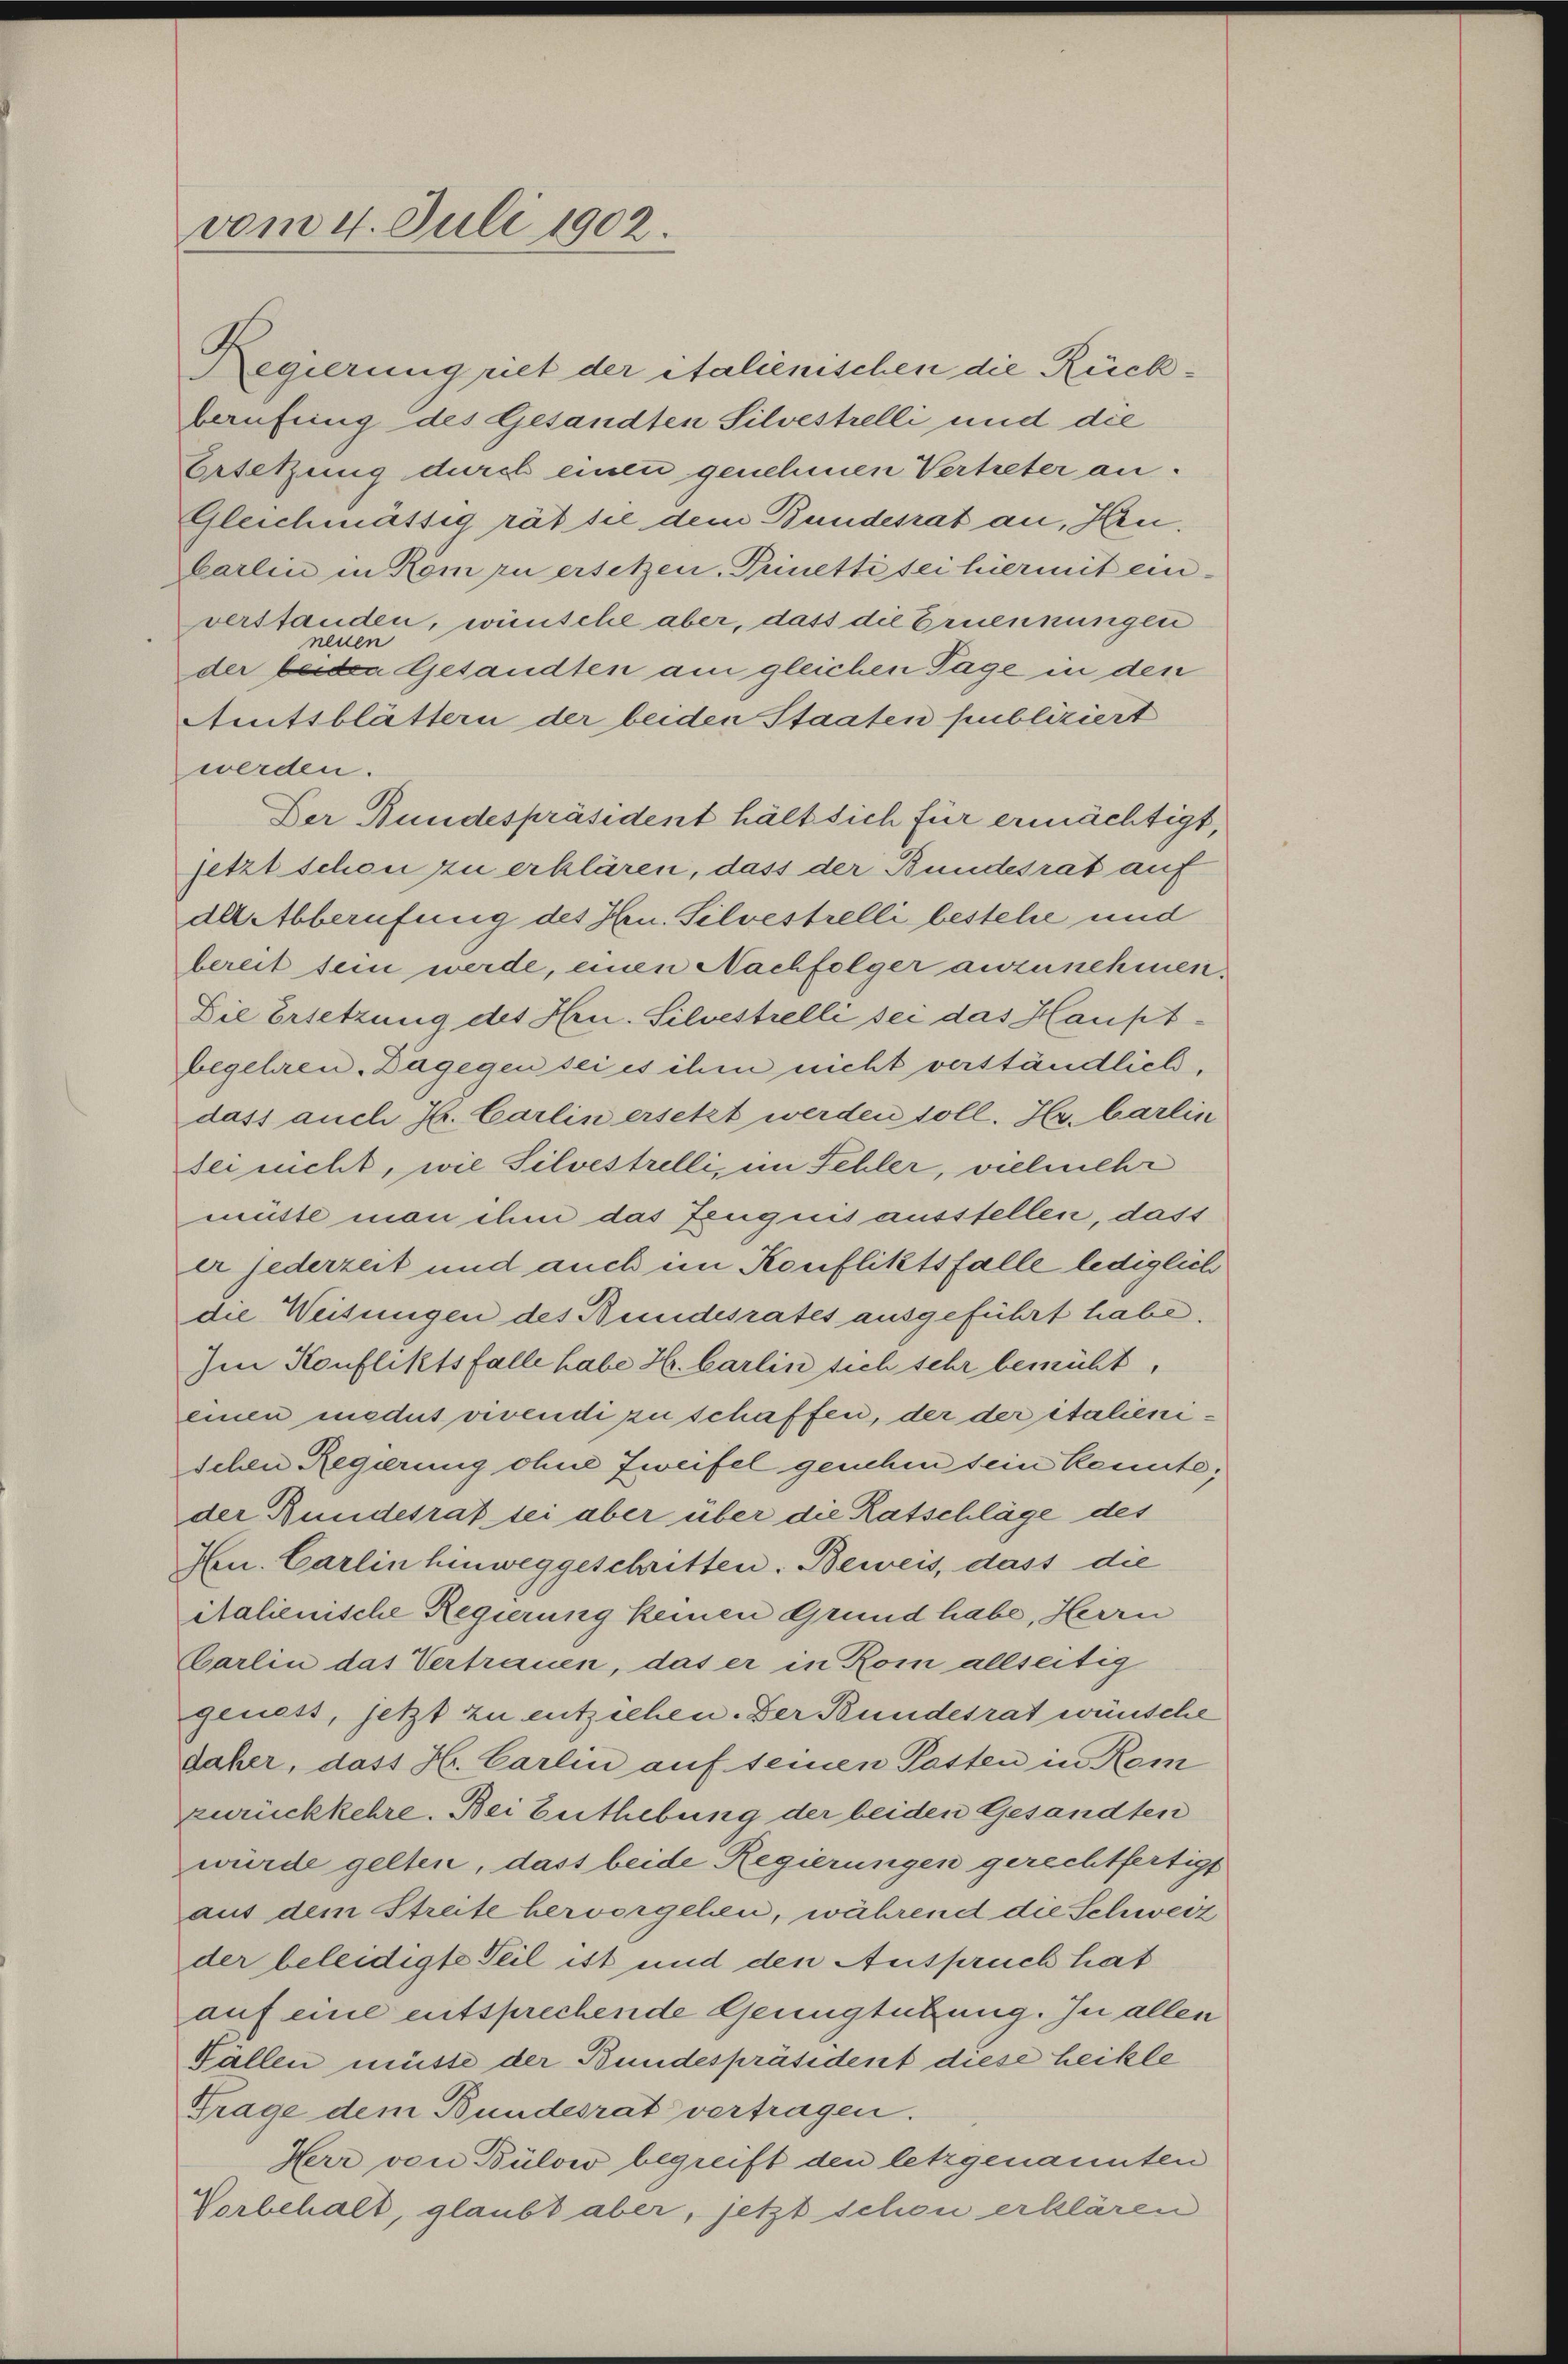
vom 4. Juli 1902.

berufung des Gesandten Silvestrelli und die
Ersetzung durch einen genehmen Vertreter an.
Gleichmässig rät sie dem Bundesrat an, Hrn.
Carlin in Köm zu ersetzen. Prinetti sei hiermit einverstanden, wünsche aber, dass die Ernennungen
neuen
der beiden Gesandten am gleichen Tage in den
Amtsblättern der beiden Staaten publiziert
werden.
Der Bundespräsident hält sich für ermächtigt,
jetzt schon zu erklären, dass der Bundesrat auf
dl Abberufung des Hrn. Silvestrelli bestehe und
bereit sein werde, einen Nachfolger anzunehmen.
Die Ersetzung des Hrn. Silvestrelli sei das Hauptbegehren. Dagegen sei es ihm nicht verständlich,
dass auch Hr. Carlin ersetzt werden soll. Hy. barlin
sei nicht, wie Silvestrelli, im Schler, vielmehr
müste man ihm das Zeugnis ausstellen, dass
er jederzeit und auch im Konfliktsfalle lediglich
die Weisungen des Bundesrates ausgeführt habe.
Im Konfliktsfalle habe Hr. Carlin sich sehr bemüht,
einen medus vivendi zu schaffen, der der italienischen Regierung ohne Zweifel genehm sein kannte;
der Bundesrat sei aber über die Ratschläge des
Hrn. Carlin hinweggeschritten. Beweis, dass die
italienische Regierung keinen Grund habe, Herrn
barlin das Vertrauen, das er in Rom allseitig
geness, jetzt zu entziehen. Der Bundesrat wünsche
daher, dass H. Carlin auf seinen Pasten in Kem
zurückkehre. Bei Enthebung der beiden Gesandten
würde gelten, dass beide Regierungen gerechtfertigt
aus dem Streite hervorgehen, während die Schweiz
der beleidigte Teil ist und den Anspruch hat
auf eine entsprechende Genügtübung. In allen
Fällen müsse der Bundespräsident diese heikle
Trage dem Bundesrat vertragen.
Herr von Bülow begreift den letzgenannten
Vorbehalt, glaubt aber, jetzt schon erklären

Regierung riet der italienischen die Rück¬